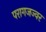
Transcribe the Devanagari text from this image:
परागजज्वर